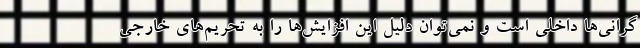
گرانی‌ها داخلی است و نمی‌توان دلیل این افزایش‌ها را به تحریم‌های خارجی